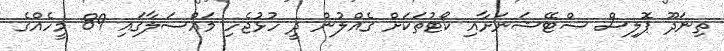
ތިނަދޫ ޕޮލިސް ސްޓޭޝަނަށާއި ކޯޓުތަކަށް ގެއްލުން ދީ ހުޅުޖެހި މަައްސަލާގައި 89 މީހެއްގެ